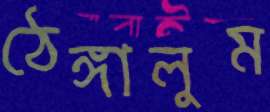
ঠেঙ্গালুম